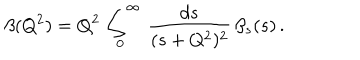
LaTeX: \beta ( Q ^ { 2 } ) = Q ^ { 2 } \, \int _ { 0 } ^ { \infty } \, \frac { d s } { ( s + Q ^ { 2 } ) ^ { 2 } } \, \beta _ { s } ( s ) \, .